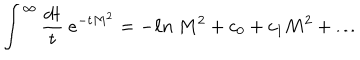
\int ^ { \infty } { \frac { d t } { t } } \ e ^ { - t M ^ { 2 } } = - \ell n \ M ^ { 2 } + c _ { 0 } + c _ { 1 } M ^ { 2 } + \dots